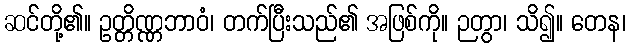
ဆင်တို့၏။ ဥတ္တိဏ္ဏဘာဝံ၊ တက်ပြီးသည်၏ အဖြစ်ကို။ ဉတွာ၊ သိ၍။ တေန၊